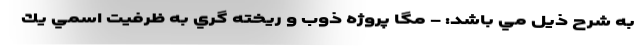
به شرح ذيل مي باشد: - مگا پروژه ذوب و ريخته گري به ظرفيت اسمي يك